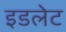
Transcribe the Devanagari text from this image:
इडलेट